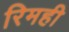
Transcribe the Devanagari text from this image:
रिमही